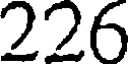
226